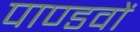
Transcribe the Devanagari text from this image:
पाण्डवाें